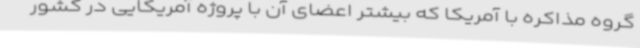
گروه مذاکره با آمریکا که بیشتر اعضای آن با پروژه آمریکایی در کشور